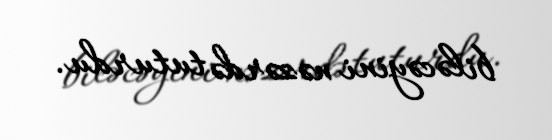
biləcəyini nəzərdə tuturdu.